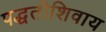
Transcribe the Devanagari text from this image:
पद्धतीशिवाय